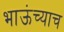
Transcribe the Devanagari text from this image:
भाऊंच्याच